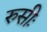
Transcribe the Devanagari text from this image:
रुसीः